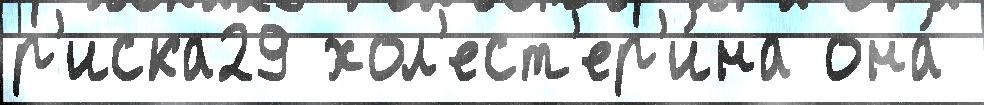
р'иска29 хол'ест'ер'и́на она́